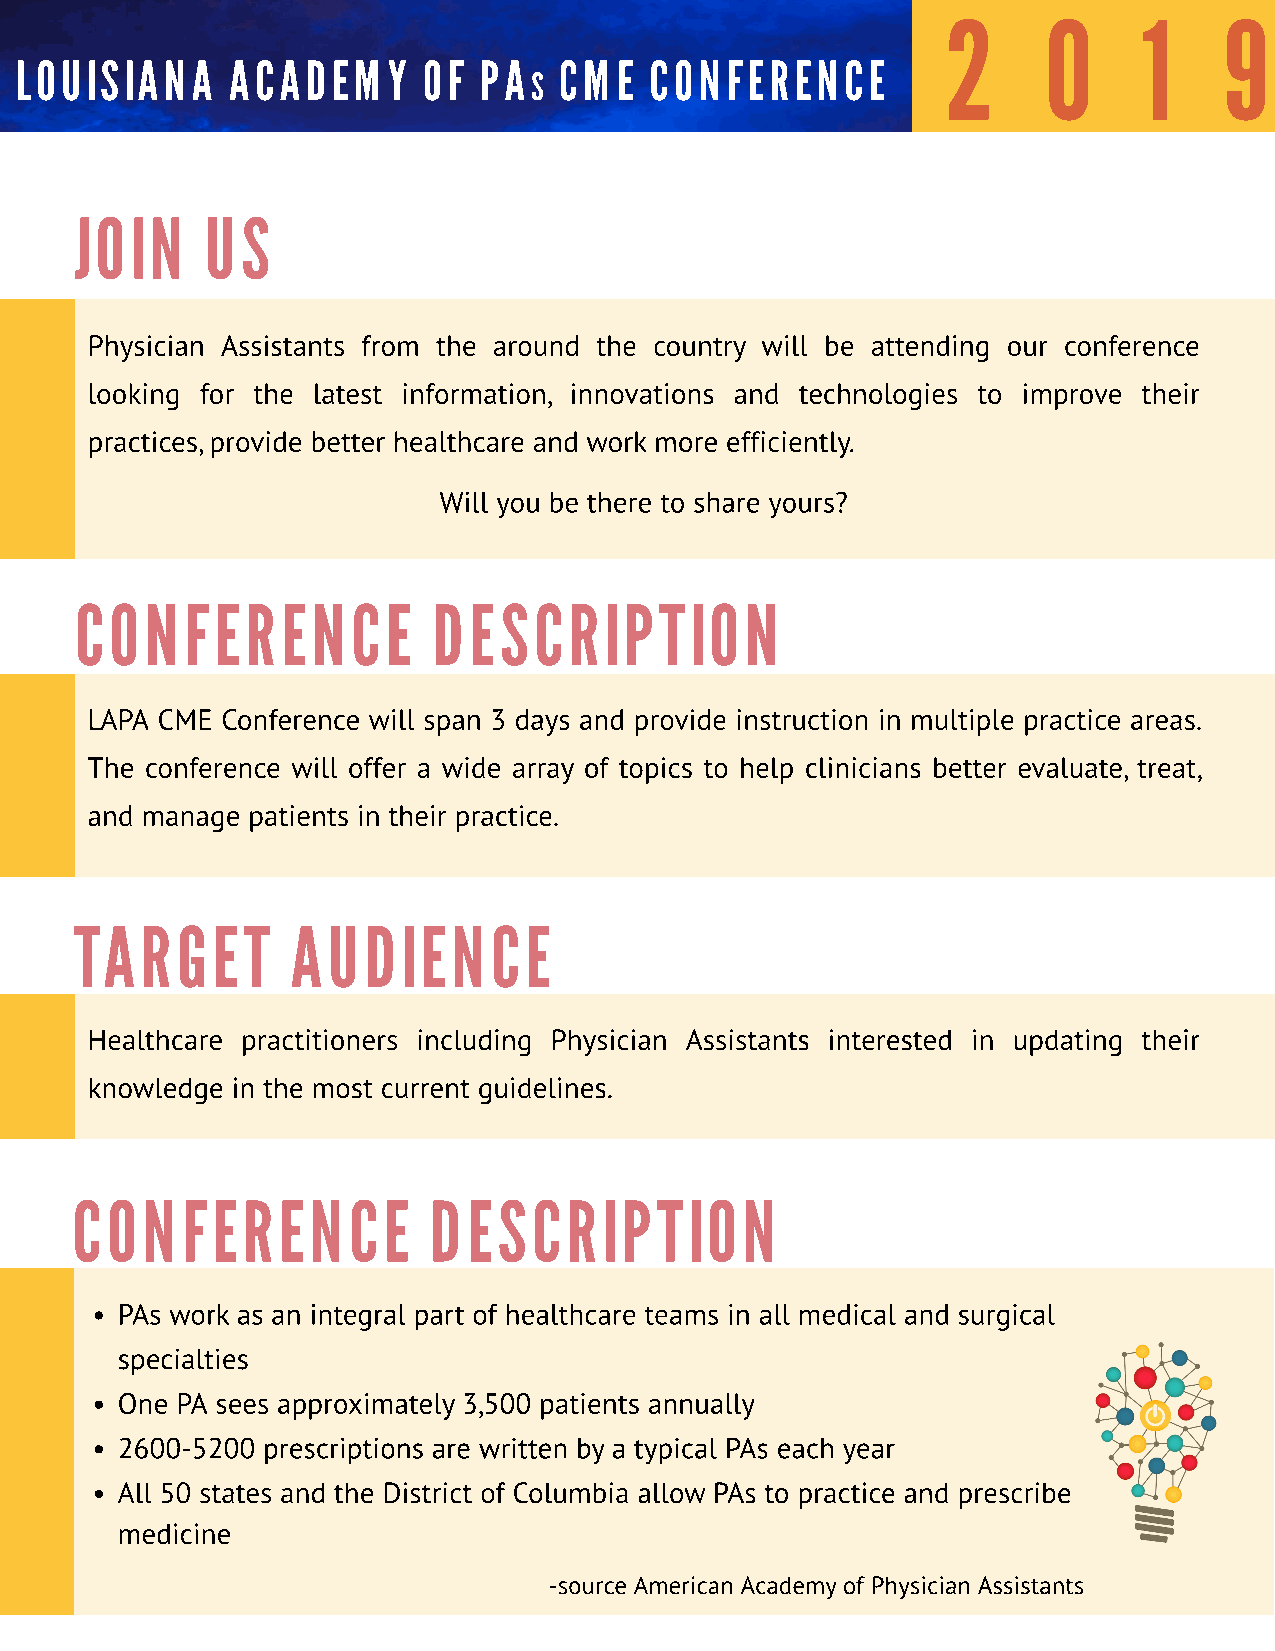
2     0      1    9
 LOUISIANA     ACADEMY      OF  PA   CME   CONFERENCE
 S
 JOIN     US
 Physician Assistants from the around the country will be attending our conference
 looking for the latest information, innovations and technologies to improve their
 practices, provide better healthcare and work more efficiently.
 Will you be there to share yours?
 CONFERENCE              DESCRIPTION
 LAPA CME Conference will span 3 days and provide instruction in multiple practice areas.
 The conference will offer a wide array of topics to help clinicians better evaluate, treat,
 and manage patients in their practice.
 TARGET        AUDIENCE
 Healthcare practitioners including Physician Assistants interested in updating their
 knowledge in the most current guidelines.
 CONFERENCE             DESCRIPTION
 - PAs work as an integral part of healthcare teams in all medical and surgical
 specialties
 - One PA sees approximately 3,500 patients annually
 - 2600-5200 prescriptions are written by a typical PAs each year
 - All 50 states and the District of Columbia allow PAs to practice and prescribe
 medicine
 -source American Academy of Physician Assistants